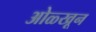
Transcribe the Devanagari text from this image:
ओळ्खून